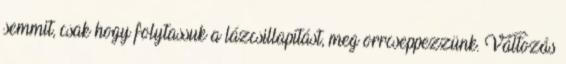
semmit, csak hogy folytassuk a lázcsillapítást, meg orrcseppezzünk. Változás